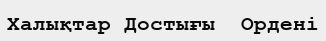
Халықтар Достығы  Ордені